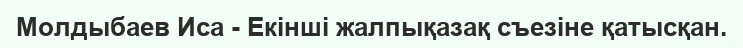
Молдыбаев Иса - Екінші жалпықазақ съезіне қатысқан.